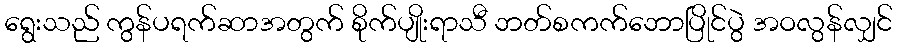
ရွေးသည် ကွန်ပရက်ဆာအတွက် စိုက်ပျိုးရာသီ ဘတ်စကက်ဘောပြိုင်ပွဲ အဝလွန်လျှင်